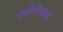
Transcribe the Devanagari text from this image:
फ़्लोगोपाइट